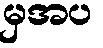
မှအပ